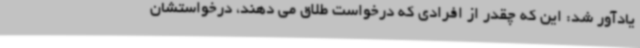
یادآور شد: این که چقدر از افرادی که درخواست طلاق می دهند، درخواستشان